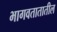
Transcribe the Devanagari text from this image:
भागवतातातील